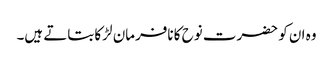
وہ ان کو حضرت نوح کا نافرمان لڑکا بتاتے ہیں۔